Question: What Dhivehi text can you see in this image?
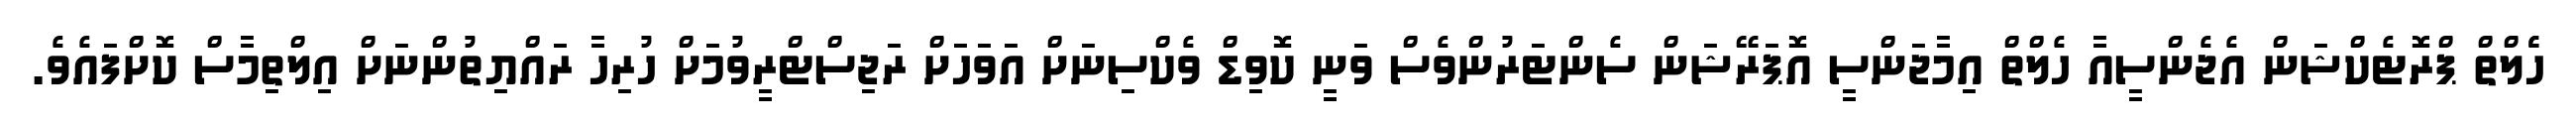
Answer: ހެެލްތް ޕްރޮޓެކްޝަން އެޖެންސީއާ ހެލްތް އިމާޖަންސީ އޮޕަރޭޝަން ސެންޓަރުންވެސް ވަނީ ކޮވިޑް ވެކްސިނަށް އަވަހަށް ރަޖިސްޓްރީވުމަށް ހުރިހާ ރައްޔިތުންނަށް އިލްތިމާސް ކޮށްފައެވެ.